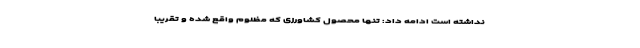
نداشته است ادامه داد: تنها محصول کشاورزی که مظلوم واقع شده و تقریبا